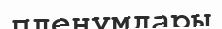
пленумдары